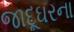
જાદૂઘરના